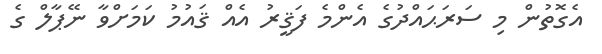
އެގޮތުން މި ސަރަޙައްދުގެ އެންމެ ފަޤީރު އެއް ޤައުމު ކަމަށްވާ ނޭޕާލް ގެ